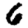
Digit: 6